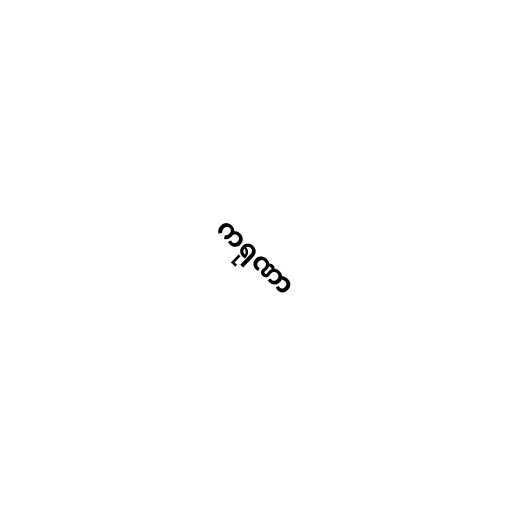
ကရုဏာ